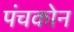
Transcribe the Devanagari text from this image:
पंचकोन